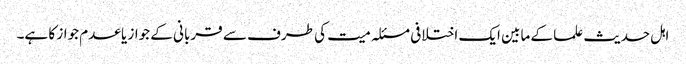
اہل حدیث علما کے مابین ایک اختلافی مسئلہ میت کی طرف سے قربانی کے جواز یا عدم جواز کا ہے۔